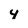
Character: 4